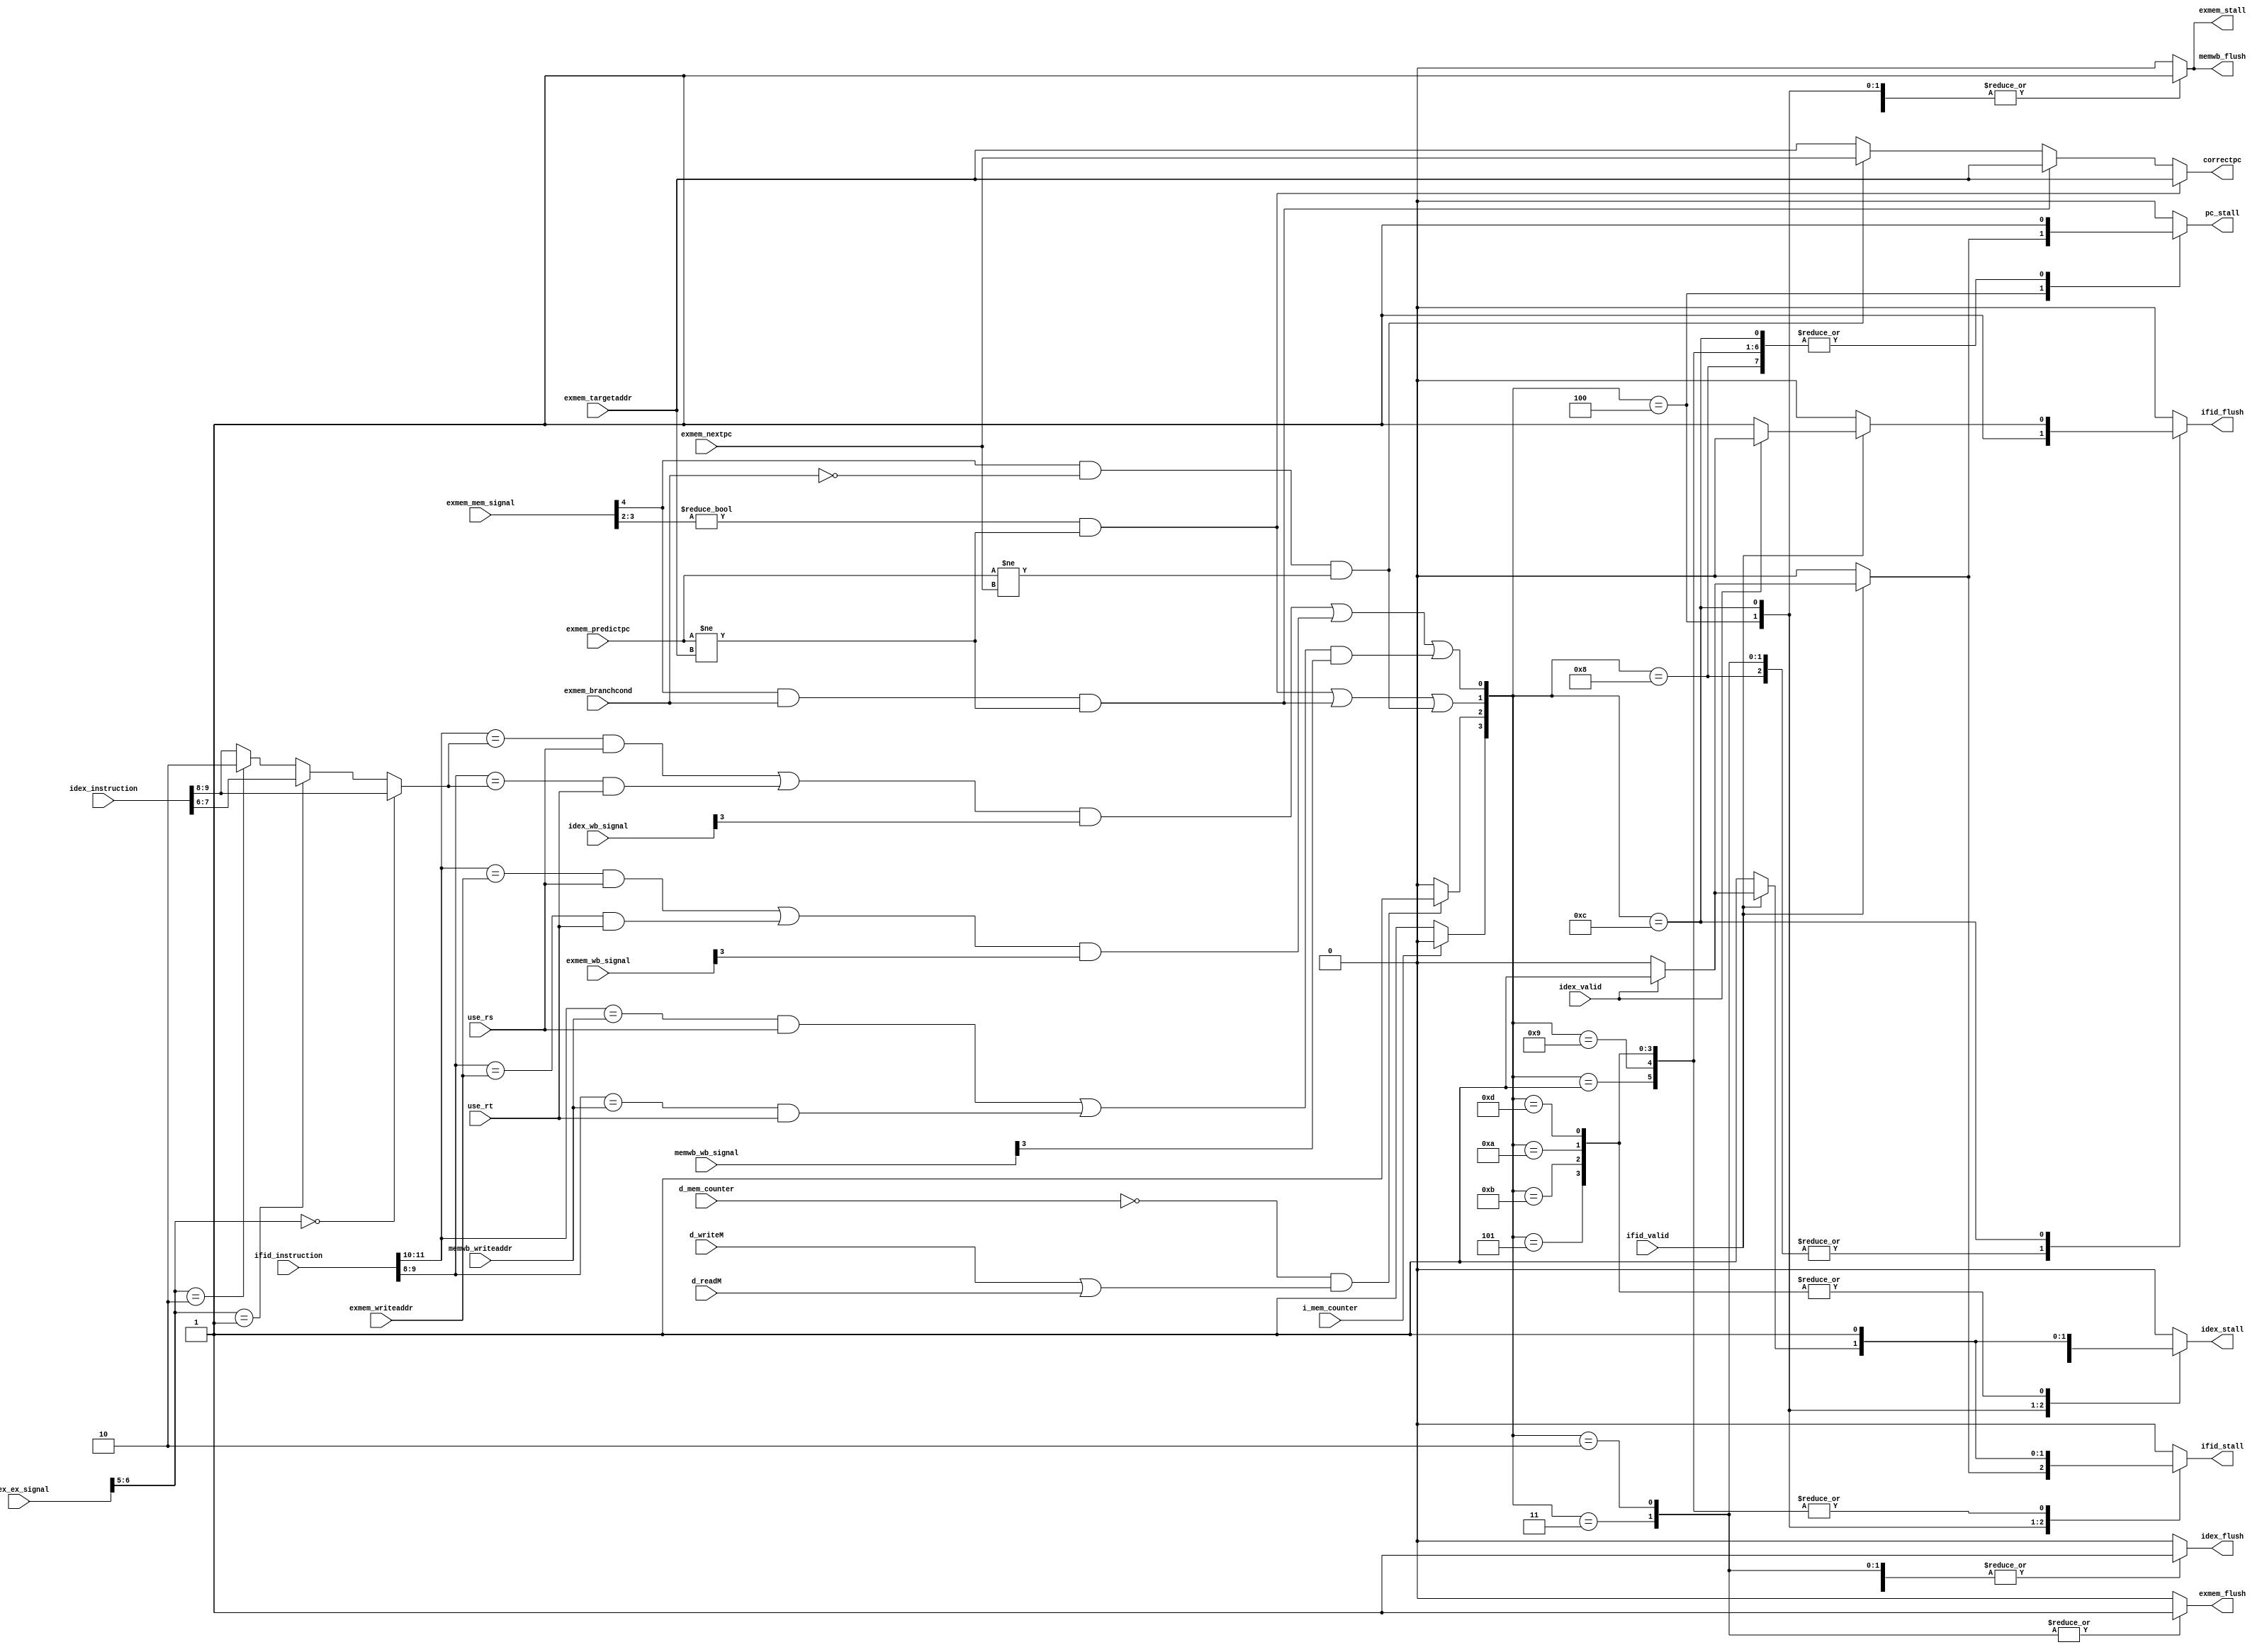
module Hazard (ifid_instruction, idex_instruction, use_rs, use_rt, idex_ex_signal, idex_wb_signal, exmem_branchcond, exmem_mem_signal, exmem_wb_signal, exmem_writeaddr, exmem_targetaddr, exmem_predictpc, exmem_nextpc, memwb_wb_signal, memwb_writeaddr, i_mem_counter, d_mem_counter, ifid_valid, idex_valid, d_readM, d_writeM, pc_stall, ifid_stall, ifid_flush, idex_stall, idex_flush, exmem_stall, exmem_flush, memwb_flush, correctpc);
    input [15:0] ifid_instruction;
    input [15:0] idex_instruction;
    input use_rs;
    input use_rt;
    input [6:0] idex_ex_signal;//{Regdst, ALUOp, ALUSrc}
    input [5:0] idex_wb_signal;//{MemtoReg, Regwrite, WWD, HLT, numinst_cond}
    input exmem_branchcond;
    input [4:0] exmem_mem_signal;//{Branch, Jump, Memread, Memwrite}
    input [5:0] exmem_wb_signal;
    input [1:0] exmem_writeaddr;
    input [15:0] exmem_targetaddr;
    input [15:0] exmem_predictpc;
    input [15:0] exmem_nextpc;
    input [5:0] memwb_wb_signal;
    input [1:0] memwb_writeaddr;
    input i_mem_counter;//1 for i_mem_hazard 1
    input d_mem_counter;//1 for d_mem_hazard 1
    input ifid_valid;
    input idex_valid;
    input d_readM;
    input d_writeM;
    
    output reg pc_stall;
    output reg ifid_stall;
    output reg ifid_flush;
    output reg idex_stall;
    output reg idex_flush;
    output reg exmem_stall;
    output reg exmem_flush;
    output reg memwb_flush;
    output [15:0] correctpc;//for branch or jump misprediction
    
    wire [1:0] ifid_rs, ifid_rt, idex_writeaddr;
    assign ifid_rs = ifid_instruction[11:10];
    assign ifid_rt = ifid_instruction[9:8];
    assign idex_writeaddr = (idex_ex_signal[6:5] == 2'd0) ? idex_instruction[9:8] :
                            (idex_ex_signal[6:5] == 2'd1) ? idex_instruction[7:6] :
                            (idex_ex_signal[6:5] == 2'd2) ? 2'd2 : idex_instruction[9:8];

    wire i_mem_hazard, d_mem_hazard;
    assign i_mem_hazard = (!i_mem_counter) ? 1 : 0;
    assign d_mem_hazard = (!d_mem_counter && (d_writeM||d_readM)) ? 1 : 0;

    wire data_hazard, control_hazard;
    assign data_hazard = (((ifid_rs == idex_writeaddr && use_rs) || (ifid_rt == idex_writeaddr && use_rt)) && idex_wb_signal[3]) ||//id-ex
                         (((ifid_rs == exmem_writeaddr && use_rs) || (ifid_rt == exmem_writeaddr && use_rt)) && exmem_wb_signal[3]) ||//id-mem
                         (((ifid_rs == memwb_writeaddr && use_rs) || (ifid_rt == memwb_writeaddr && use_rt)) && memwb_wb_signal[3]);//id-wb
    assign control_hazard = (exmem_mem_signal[3:2] != 2'd0 && exmem_predictpc != exmem_targetaddr) ||//jump
                            (exmem_mem_signal[4] && exmem_branchcond && exmem_predictpc != exmem_targetaddr) ||//branch taken
                            (exmem_mem_signal[4] && !exmem_branchcond && exmem_predictpc != exmem_nextpc);//branch not taken

    assign correctpc = (exmem_mem_signal[3:2] != 2'd0 && exmem_predictpc != exmem_targetaddr) ? exmem_targetaddr ://jump
                       (exmem_mem_signal[4] && exmem_branchcond && exmem_predictpc != exmem_targetaddr) ? exmem_targetaddr ://branch taken
                       (exmem_mem_signal[4] && !exmem_branchcond && exmem_predictpc != exmem_nextpc) ? exmem_nextpc : exmem_targetaddr;//branch not taken

    wire [3:0] hazard;

    assign hazard = {i_mem_hazard, d_mem_hazard, control_hazard, data_hazard};

    always @(*) begin
        case (hazard)
            4'b0001 : begin
                pc_stall = 1;
                ifid_stall = 1;
                ifid_flush = 0;
                idex_stall = 0;
                idex_flush = 1;
                exmem_stall = 0;
                exmem_flush = 0;
                memwb_flush = 0;
            end  
            4'b0010,
            4'b0011 : begin
                pc_stall = 0;
                ifid_stall = 0;
                ifid_flush = 1;
                idex_stall = 0;
                idex_flush = 1;
                exmem_stall = 0;
                exmem_flush = 1;
                memwb_flush = 0;
            end
            4'b0100 : begin
                ifid_flush = 0;
                idex_flush = 0;
                exmem_stall = 1;
                exmem_flush = 0;
                memwb_flush = 1;

                if (!ifid_valid) begin
                    if (!idex_valid) begin
                        pc_stall = 0;
                        ifid_stall = 0;
                        idex_stall = 0;
                    end
                    else begin
                        pc_stall = 0;
                        ifid_stall = 0;
                        idex_stall = 1;
                    end
                end
                else begin
                    if(!idex_valid) begin
                        pc_stall = 0;
                        ifid_stall = 0;
                        idex_stall = 0;
                    end
                    else begin
                        pc_stall = 1;
                        ifid_stall = 1;
                        idex_stall = 1;
                    end
                end
            end
            4'b0101 : begin
                pc_stall = 1;
                ifid_stall = 1;
                ifid_flush = 0;
                idex_stall = 1;
                idex_flush = 0;
                exmem_stall = 1;
                exmem_flush = 0;
                memwb_flush = 1;
            end
            4'b1000 : begin
                pc_stall = 1;
                ifid_stall = 0;
                ifid_flush = 1;
                idex_stall = 0;
                idex_flush = 0;
                exmem_stall = 0;
                exmem_flush = 0;
                memwb_flush = 0;
            end
            4'b1001 : begin
                pc_stall = 1;
                ifid_stall = 1;
                ifid_flush = 0;
                idex_stall = 0;
                idex_flush = 1;
                exmem_stall = 0;
                exmem_flush = 0;
                memwb_flush = 0;
            end
            4'b1010,
            4'b1011 : begin
                pc_stall = 1;
                ifid_stall = 1;
                ifid_flush = 0;
                idex_stall = 1;
                idex_flush = 0;
                exmem_stall = 1;
                exmem_flush = 0;
                memwb_flush = 1;
            end
            4'b1100 : begin
                pc_stall = 1;
                idex_flush = 0;
                exmem_stall = 1;
                exmem_flush = 0;
                memwb_flush = 1;

                if(ifid_valid) begin
                    if(!idex_valid) begin 
                       ifid_stall = 0;
                       ifid_flush = 1;
                       idex_stall = 0;
                    end
                    else begin
                       ifid_stall = 1;
                       ifid_flush = 0;
                       idex_stall = 1; 
                    end
                end
                else begin
                    ifid_stall = 1;
                    ifid_flush = 0;
                    idex_stall = 1;
                end
            end
            4'b1101 : begin
                pc_stall = 1;
                ifid_stall = 1;
                ifid_flush = 0;
                idex_stall = 1;
                idex_flush = 0;
                exmem_stall = 1;
                exmem_flush = 0;
                memwb_flush = 1;
            end
            default : begin
                pc_stall = 0;
                ifid_stall = 0;
                ifid_flush = 0;
                idex_stall = 0;
                idex_flush = 0;
                exmem_stall = 0;
                exmem_flush = 0;
                memwb_flush = 0;
            end
        endcase
    end
endmodule